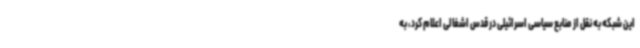
این شبکه به نقل از منابع سیاسی اسرائیلی در قدس اشغالی اعلام کرد، به